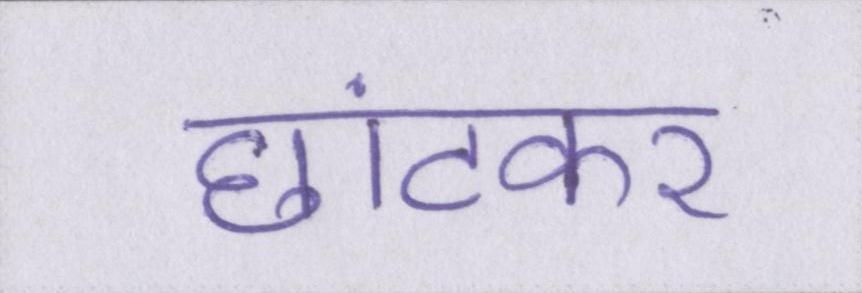
छांटकर